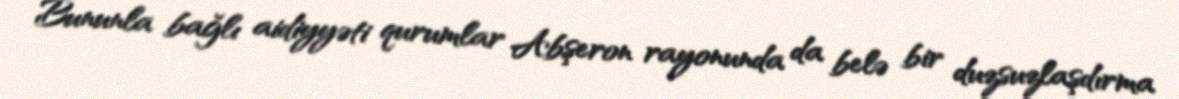
Bununla bağlı aidiyyəti qurumlar Abşeron rayonunda da belə bir duzsuzlaşdırma